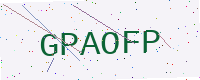
Text: GPAOFP